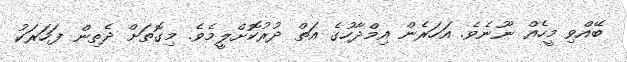
ބޭއްވި މީހެއް ނޫނެވެ. އަހަރެން އިމްދާހުގެ އަތް ދުރުކޮށްލީމެވެ. މިގޮތަށް ދެތިން ފަހަރަކު